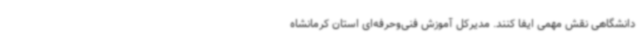
دانشگاهی نقش مهمی ایفا کنند. مدیرکل آموزش فنی‌وحرفه‌ای استان کرمانشاه